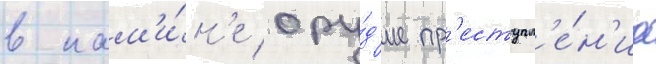
в кам'и́н'е ору́д'ие пр'еступл'е́н'иа